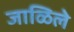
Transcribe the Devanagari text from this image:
जाळिले